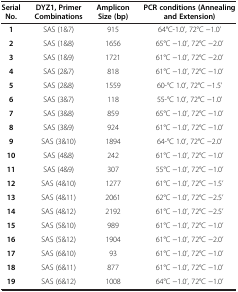
| Serial No. | DYZ1, Primer Combinations | Amplicon Size (bp) | PCR conditions (Annealing and Extension) |
 | --- | --- | --- | --- |
 | 1 | SAS (1&7) | 915 | 64°C-1.0’, 72°C −1.0’ |
 | 2 | SAS (1&8) | 1656 | 65°C −1.0’, 72°C −2.0’ |
 | 3 | SAS (1&9) | 1721 | 61°C −1.0’, 72°C −2.0’ |
 | 4 | SAS (2&7) | 818 | 61°C −1.0’, 72°C −1.0’ |
 | 5 | SAS (2&8) | 1559 | 60-°C 1.0’, 72°C −1.5’ |
 | 6 | SAS (3&7) | 118 | 55-°C 1.0’, 72°C −1.0’ |
 | 7 | SAS (3&8) | 859 | 65°C −1.0’, 72°C −1.0’ |
 | 8 | SAS (3&9) | 924 | 61°C −1.0’, 72°C −1.0’ |
 | 9 | SAS (3&10) | 1894 | 64-°C 1.0’, 72°C −2.0’ |
 | 10 | SAS (4&8) | 242 | 61°C −1.0’, 72°C −1.0’ |
 | 11 | SAS (4&9) | 307 | 55°C −1.0’, 72°C −1.0’ |
 | 12 | SAS (4&10) | 1277 | 61°C −1.0’, 72°C −1.5’ |
 | 13 | SAS (4&11) | 2061 | 62°C −1.0’, 72°C −2.5’ |
 | 14 | SAS (4&12) | 2192 | 61°C −1.0’, 72°C −2.5’ |
 | 15 | SAS (5&10) | 989 | 61°C −1.0’, 72°C −1.0’ |
 | 16 | SAS (5&12) | 1904 | 61°C −1.0’, 72°C −2.0’ |
 | 17 | SAS (6&10) | 93 | 61°C −1.0’, 72°C −1.0’ |
 | 18 | SAS (6&11) | 877 | 61°C −1.0’, 72°C −1.0’ |
 | 19 | SAS (6&12) | 1008 | 64°C −1.0’, 72°C −1.0’ |